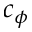
c _ { \phi }